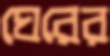
ঘেরের